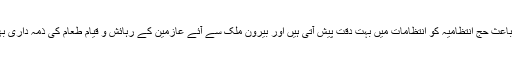
لیکن ان ہزاروں افراد کی موجودگی کے باعث حج انتظامیہ کو انتظامات میں بہت دِقت پیش آتی ہیں اور بیرونِ ملک سے آئے عازمین کے رہائش و قیام طعام کی ذمہ داری بھی درست انداز میں انجام نہیں طے پاتی۔